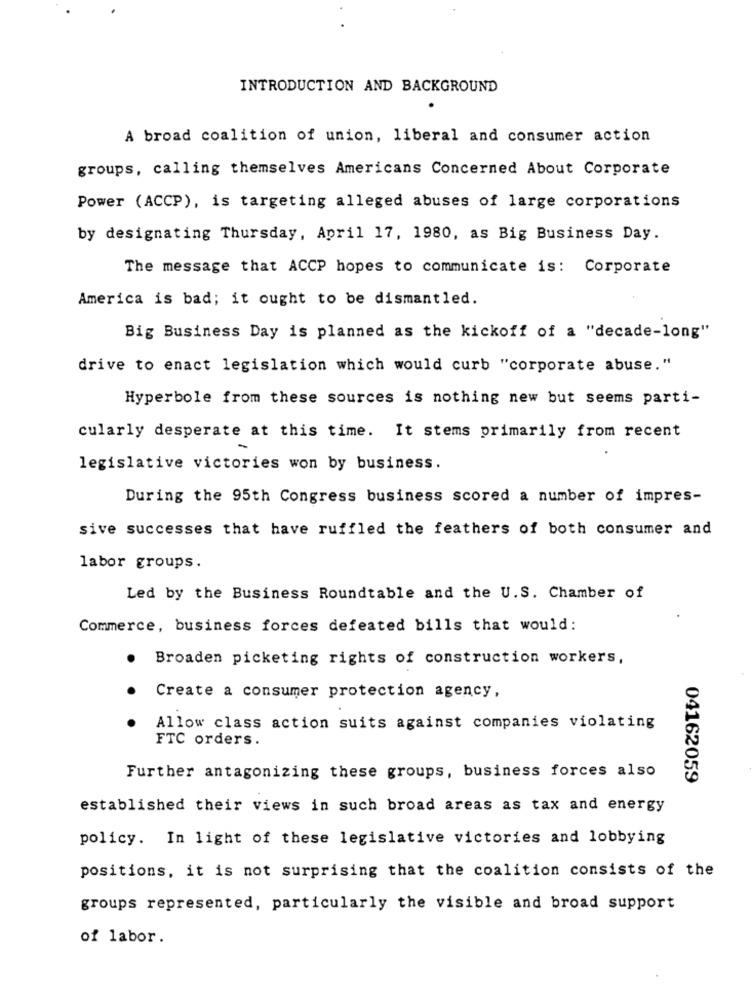
INTRODUCTION AND BACKGROUND
A broad coalition of union, liberal and consumer action
groups, calling themselves Americans Concerned About Corporate
Power (ACCP), is targeting alleged abuses of large corporations
by designating Thursday, April 17, 1980, as Big Business Day.
The message that ACCP hopes to communicate is: Corporate
America is bad; it ought to be dismantled.
Big Business Day is planned as the kickoff of a "decade-long"
drive to enact legislation which would curb "corporate abuse."
Hyperbole from these sources is nothing new but seems parti-
cularly desperate at this time. It stems primarily from recent
legislative victories won by business.
During the 95th Congress business scored a number of impres-
sive successes that have ruffled the feathers of both consumer and
labor groups.
Led by the Business Roundtable and the U.S. Chamber of
Commerce, business forces defeated bills that would:
.
Broaden picketing rights of construction workers,
Create a consumer protection agency,
Allow class action suits against companies violating
FTC orders.
Further antagonizing these groups, business forces also
04162059
established their views in such broad areas as tax and energy
policy. In light of these legislative victories and lobbying
positions, it is not surprising that the coalition consists of the
groups represented, particularly the visible and broad support
of labor.